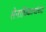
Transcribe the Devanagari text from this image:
सेनाधिकार्याच्या